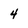
Character: 4